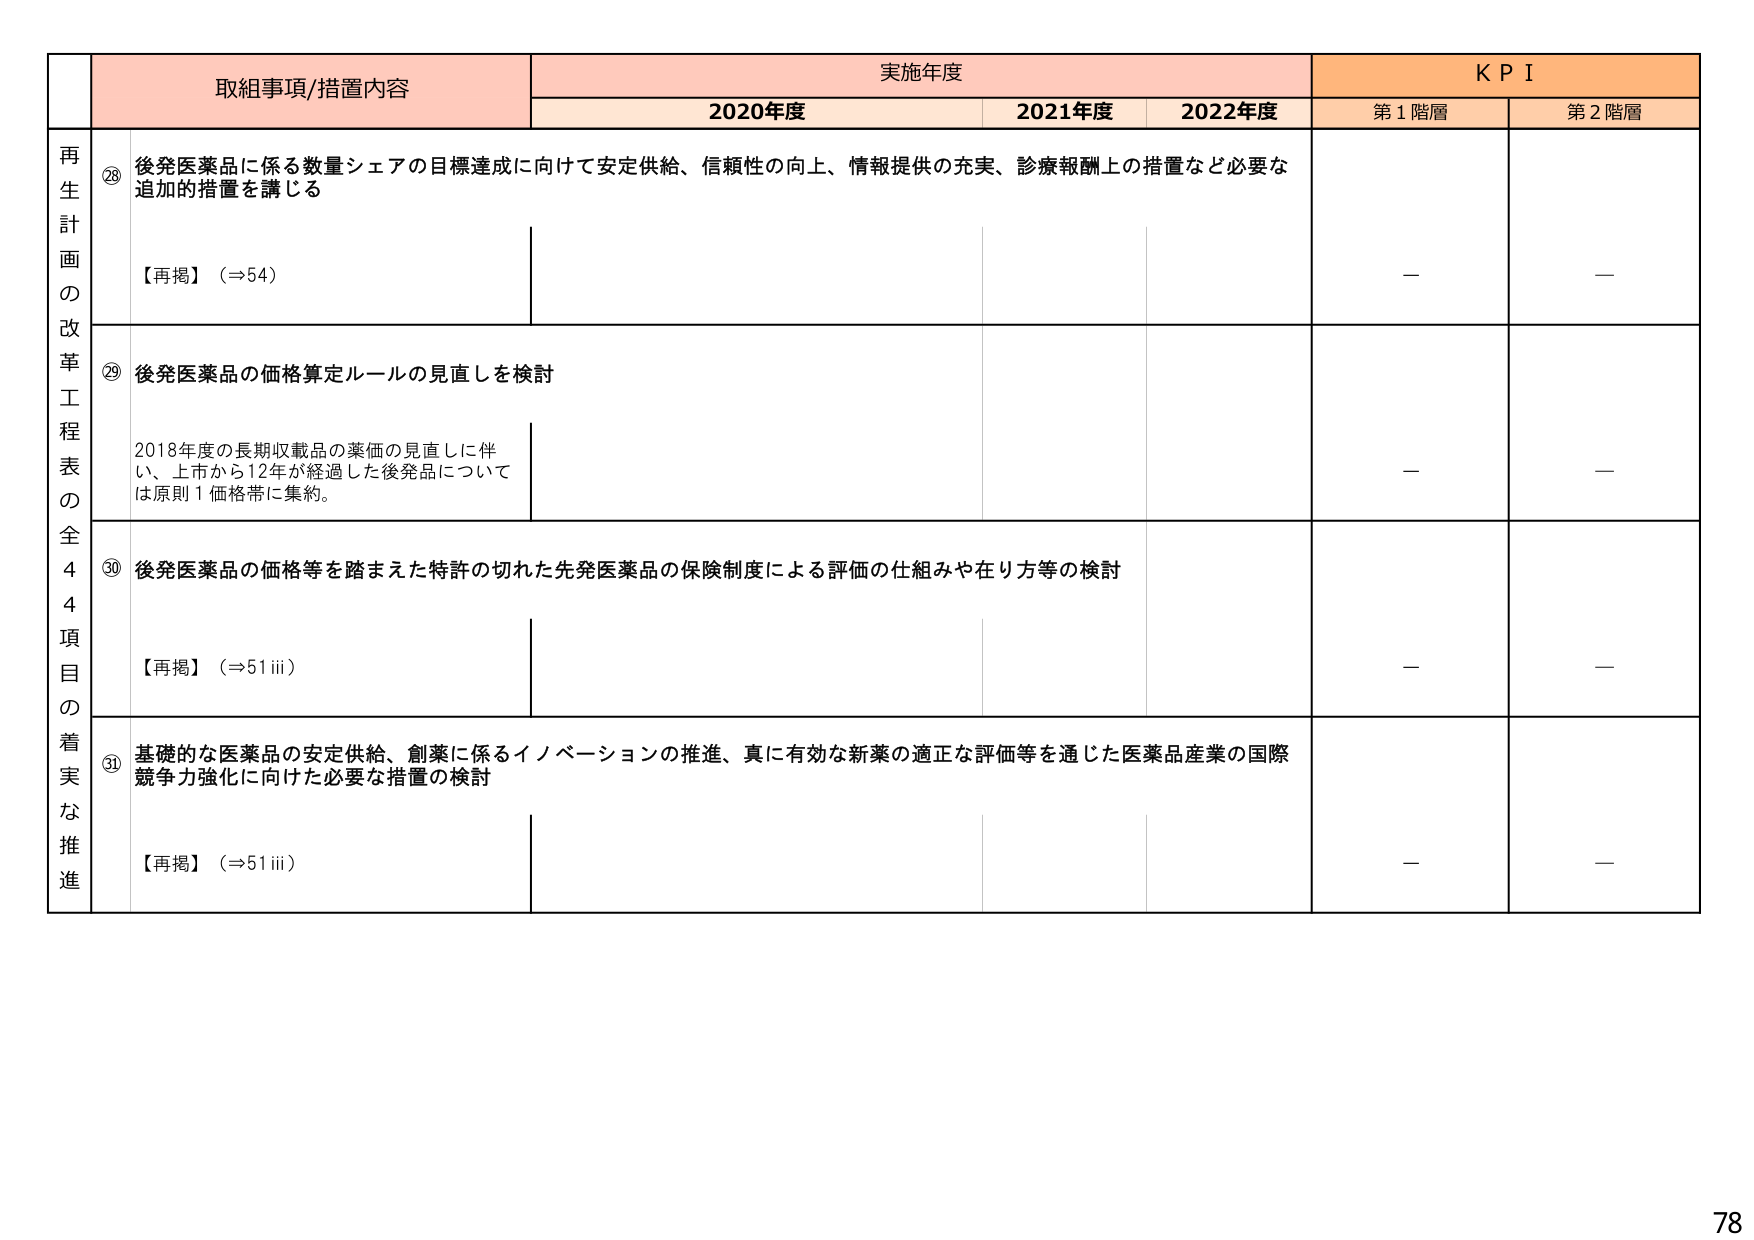
再生計画の改革工程表の全44項目の着実な推進

取組事項/措置内容

実施年度

KPI

2020年度

2021年度

2022年度

第1階層

第2階層

⑳ 後発医薬品に係る数量シェアの目標達成に向けて安定供給、信頼性の向上、情報提供の充実、診療報酬上の措置など必要な追加的措置を講じる

【再掲】（⇒54）

—

—

㉑ 後発医薬品の価格算定ルールの見直しを検討

2018年度の長期収載品の薬価の見直しに伴い、上市から12年が経過した後発品については原則1価格帯に集約。

—

—

㉒ 後発医薬品の価格等を踏まえた特許の切れた先発医薬品の保険制度による評価の仕組みや在り方等の検討

【再掲】（⇒51ⅲ）

—

—

㉓ 基礎的な医薬品の安定供給、創薬に係るイノベーションの推進、真に有効な新薬の適正な評価等を通じた医薬品産業の国際競争力強化に向けた必要な措置の検討

【再掲】（⇒51ⅲ）

—

—

78